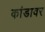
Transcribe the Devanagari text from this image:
कांडावर